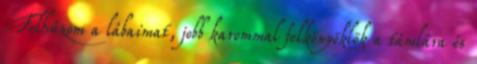
Felhúzom a lábaimat, jobb karommal felkönyöklök a támlára és